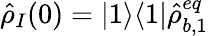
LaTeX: \hat{\rho}_{I}(0)=|1\rangle\langle 1|\hat{\rho}_{b,1}^{eq}